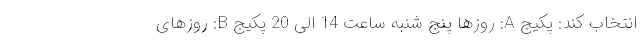
انتخاب کند: پکیج A: روزها پنج شنبه ساعت 14 الی 20 پکیج B: روزهای